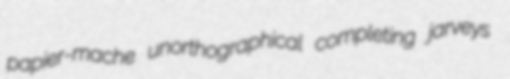
papier-mache unorthographical completing jarveys